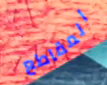
المقاطع